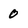
Character: 0